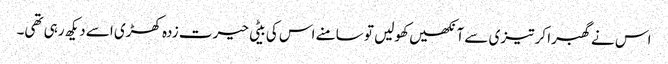
اس نے گھبرا کر تیزی سے آنکھیں کھولیں تو سامنے اس کی بیٹی حیرت زدہ کھڑی اسے دیکھ رہی تھی۔